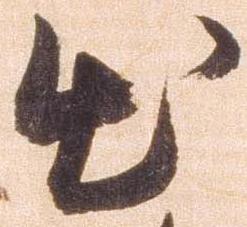
出